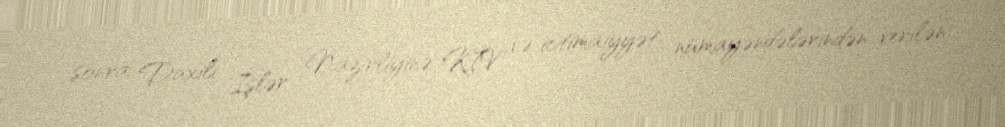
sonra Daxili İşlər Nazirliyinə KİV və ictimaiyyət nümayəndələrindən verilən